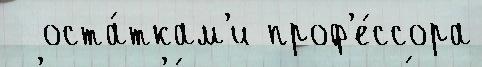
  оста́ткам'и проф'е́ссора